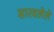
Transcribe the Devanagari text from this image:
सारवलेले